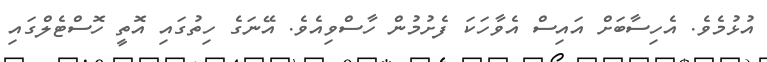
އުޅުމެވެ. އެހިސާބަށް އައިސް އެވާހަކަ ފެށުމުން ހާސްވިއެވެ. އޭނަގެ ހިތުގައި އޮތީ ހޮސްޓެލްގައި